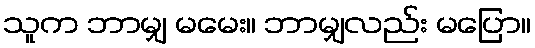
သူက ဘာမျှ မမေး။ ဘာမျှလည်း မပြော။